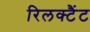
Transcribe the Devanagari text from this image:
रिलक्टैंट